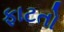
ફાટતો